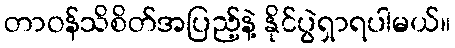
တာဝန်သိစိတ်အပြည့်နဲ့ နိုင်ပွဲရှာရပါမယ်။